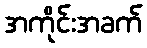
အကိုင်းအခက်